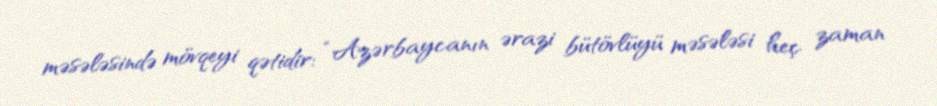
məsələsində mövqeyi qətidir: “Azərbaycanın ərazi bütövlüyü məsələsi heç zaman